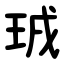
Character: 珬